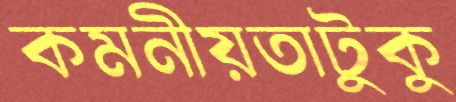
কমনীয়তাটুকু